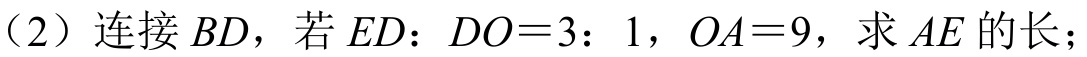
（2）连接\(BD\)，若\(ED：DO = 3：1\)，\(OA = 9\)，求\(AE\)的长；